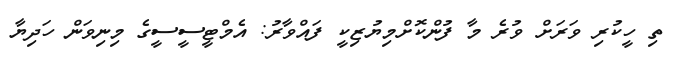
ތި ހީކުރި ވަރަށް ވުރެ މާ ފުންކޮށްމިޔުޒިކީ ފައްވާރު: އެމްޓީސީސީގެ މިނިވަން ހަދިޔާ